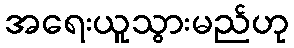
အရေးယူသွားမည်ဟု